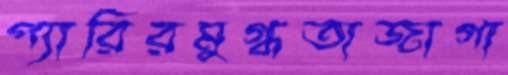
প্যারিরমুগ্ধতাজাগা